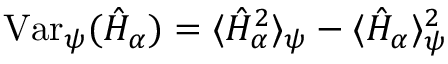
\mathrm { V a r } _ { \psi } ( \hat { H } _ { \alpha } ) = \langle \hat { H } _ { \alpha } ^ { 2 } \rangle _ { \psi } - \langle \hat { H } _ { \alpha } \rangle _ { \psi } ^ { 2 }